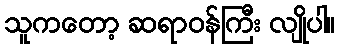
သူကတော့ ဆရာဝန်ကြီး လျိုပါ။